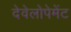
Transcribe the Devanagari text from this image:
देवेलोपेमेंट